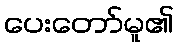
ပေးတော်မူ၏